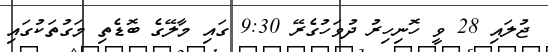
ޖުލައި 28 ވީ ހޮނިހިރު ދުވަހުގެރޭ 9:30 ގައި މާލޭގެ ބޮޑެތި މަގުތަކުގައި